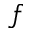
f